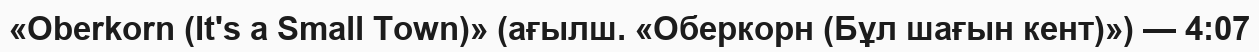
«Oberkorn (It's a Small Town)» (ағылш. «Оберкорн (Бұл шағын кент)») — 4:07